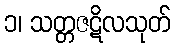
၁၊ သတ္တဇဋိလသုတ်